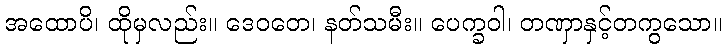
အထောပိ၊ ထိုမှလည်း။ ဒေဝတေ၊ နတ်သမီး။ ပေက္ခဝါ၊ တဏှာနှင့်တကွသော။